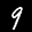
Label: 9